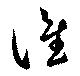
誰